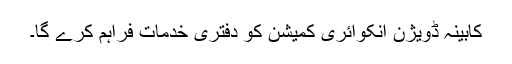
کابینہ ڈویژن انکوائری کمیشن کو دفتری خدمات فراہم کرے گا۔